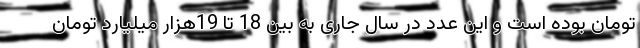
تومان بوده است و این عدد در سال جاری به بین 18 تا 19هزار میلیارد تومان